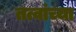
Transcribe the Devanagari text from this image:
तत्वांच्या